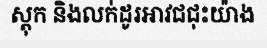
ស្តុក និងលក់ដូរអាវជជុះយ៉ាង